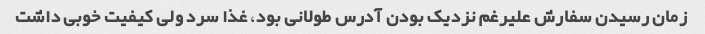
زمان رسیدن سفارش علیرغم نزدیک بودن آدرس طولانی بود، غذا سرد ولی کیفیت خوبی داشت